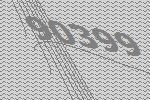
90399